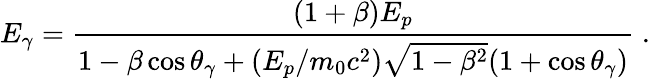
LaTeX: E_{\gamma}=\frac{(1+\beta)E_{p}}{1-\beta\cos\theta_{\gamma}+(E_{p}/m_{0}c^{2})\sqrt{1-\beta^{2}}(1+\cos\theta_{\gamma})}\; .